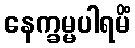
နေက္ခမ္မပါရမိံ